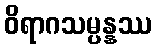
ဝိရာဂသမ္ပန္နဿ